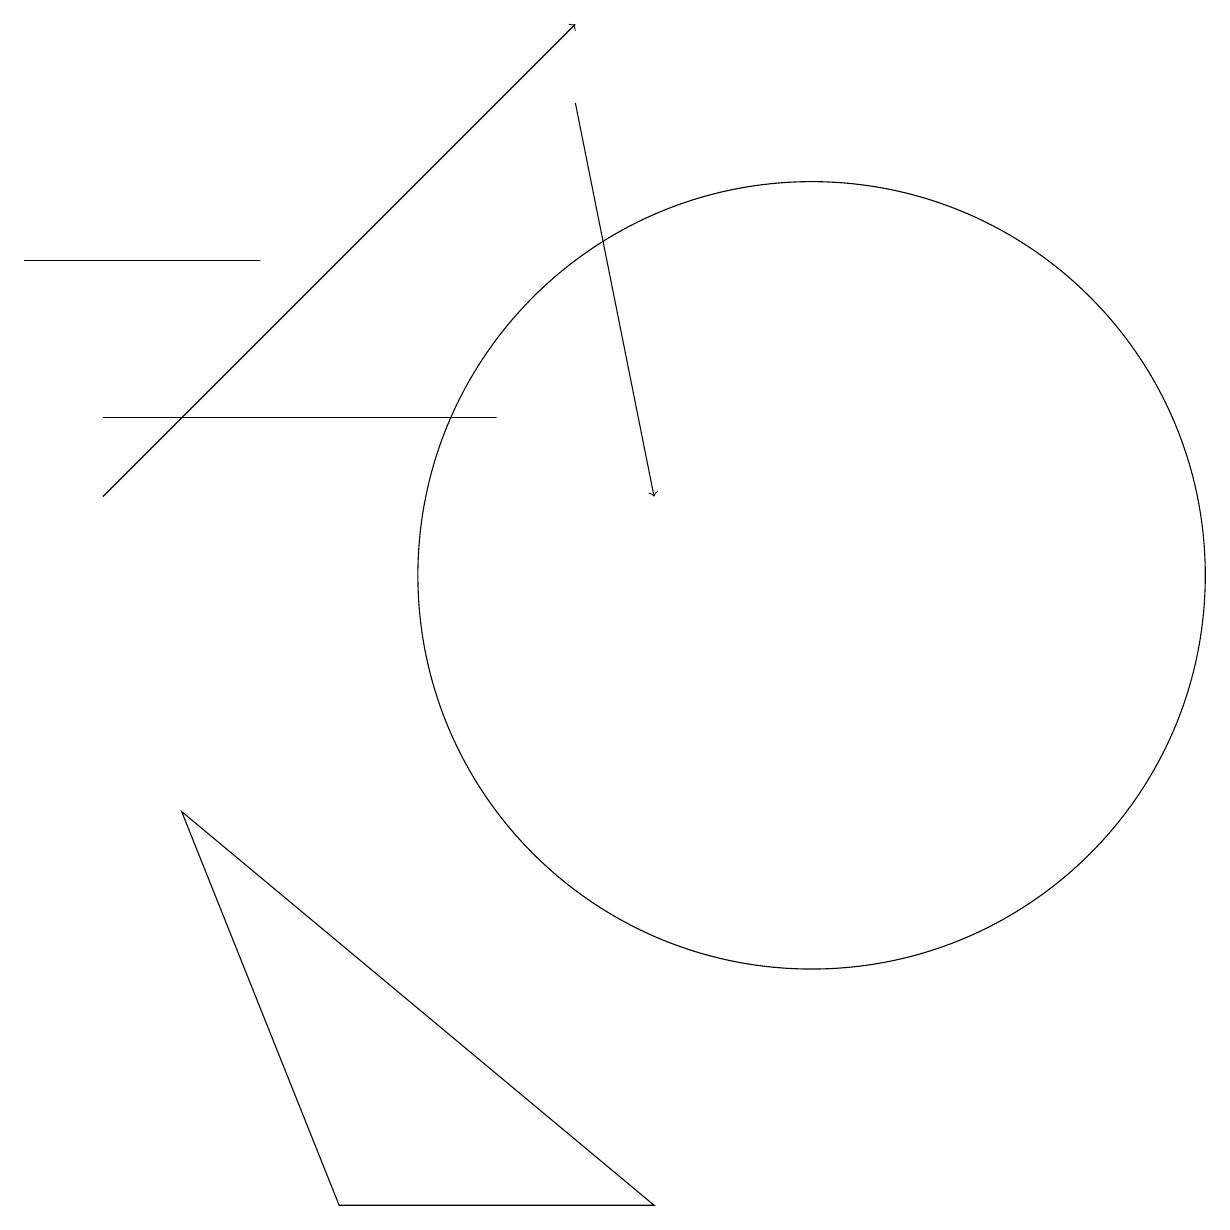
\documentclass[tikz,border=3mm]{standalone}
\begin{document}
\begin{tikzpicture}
\draw[->] (1,11) -- (7,17);
\draw (1,12) rectangle (6,12);
\draw (4,2) -- (2,7) -- (8,2) -- cycle;
\draw[->] (7,16) -- (8,11);
\draw (0,14) rectangle (3,14);
\draw (10,10) circle (5);
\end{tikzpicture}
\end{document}